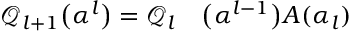
\begin{array} { r l } { \mathcal { Q } _ { l + 1 } \big ( \boldsymbol { \alpha } ^ { l } \big ) = \mathcal { Q } _ { l } } & { { } \big ( \boldsymbol { \alpha } ^ { l - 1 } \big ) A ( \alpha _ { l } ) } \end{array}